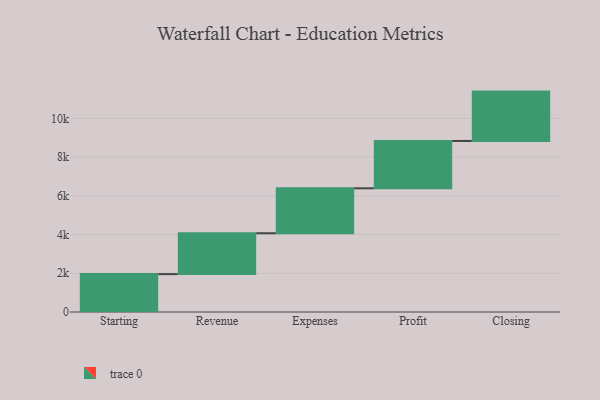
{"axis": {"x": "Step", "y": "Value"}, "legend": [""], "data": [{"x": "Starting", "y": 1957.0, "type": ""}, {"x": "Revenue", "y": 2111.0, "type": ""}, {"x": "Expenses", "y": 2322.0, "type": ""}, {"x": "Profit", "y": 2445.0, "type": ""}, {"x": "Closing", "y": 2550.0, "type": ""}]}